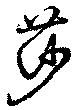
莎